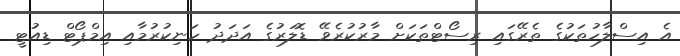
އެ އިސްލާހުތަކުގެ ތެރޭގައި ރިސޯޓްތަކަށް މާރުކުރެވޭ ޑޮލަރުގެ އަދަދު ހަނިކުރުމާއި އިމްޕޯޓް ޑިއުޓީ